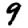
Digit: 9